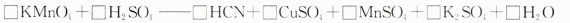
$$\BoxKMnO+\BoxH2SO\BoxHCN+\BoxCuSO+\BoxMnSO+\BoxK2SO+\BoxH2O$$